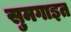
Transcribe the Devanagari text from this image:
सुमगाइत